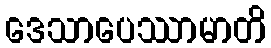
ဒေသာပေဿာမာတိ